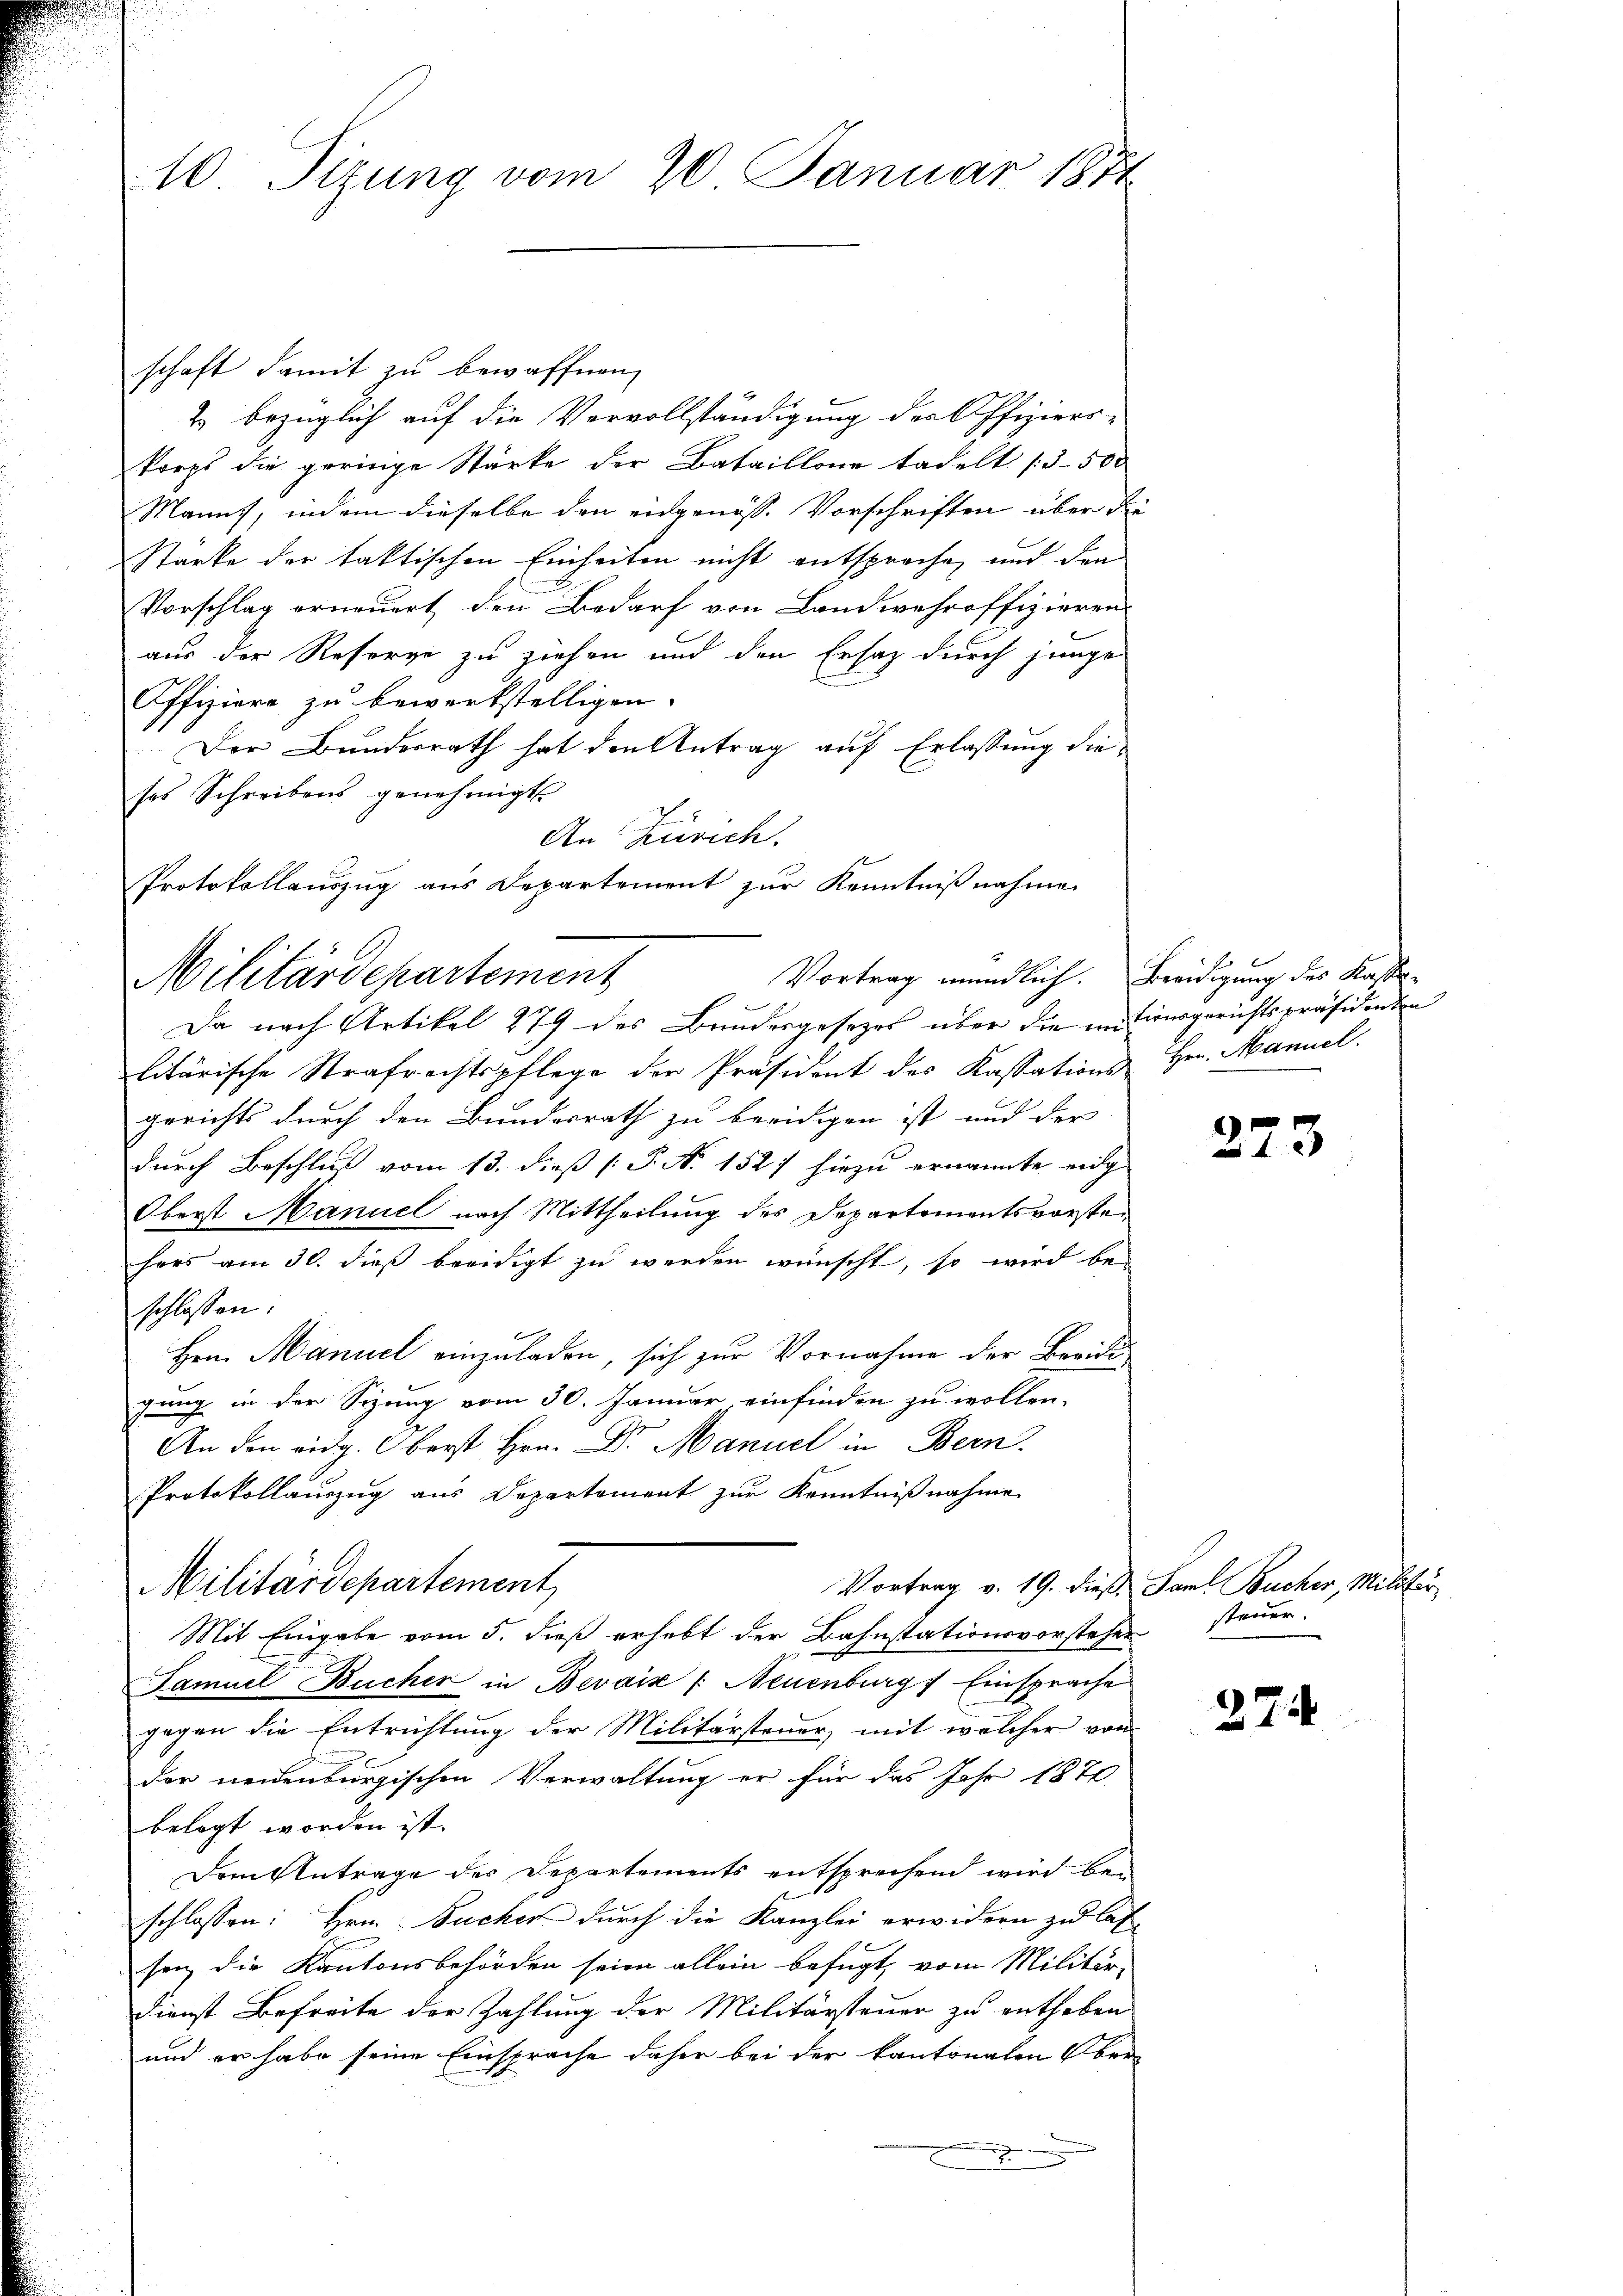
10 Sizung vom 20. Januar 1871

schaft damit zu bewaffnen,
2. bezüglich auf die Vervollständigung des Offiziers-
korps die geringe Stärke der Bataillone tadelt (3- 500
Manns, indem dieselbe den eidgenoss. Vorschriften über die
Starke der faktischen Einheiten nicht entsprache, und den
Vorschlag erneuert den Bedarf von Landwehroffizieren
aus der Resorge zu ziehen und den Ersatz durch junge
Pffiziere zu bewerkstelligen.
Der Bundesrath hat den Antrag auf Erlassung die
ses Schreibens genehmigt.
An Zürich.
litärische Strafrechtspflege der Präsident des Kassations Hrn. Manuel.
gerichts durch den Bundesrath zu beeidigen ist und der
durch Beschluß vom 13. dieß (P. Nr. 152 hiezu ernannte eidg
Oberst Manuel nach Mittheilung des Departementsvorstei
hers am 30. dieß beeidigt zu werden wünscht, so wird be-
schlossen:
Hrn. Manuel einzuladen, sich zur Vornahme der Breidigung in der Sizung vom 30. Januar, einfinden zu wollen.
An den eidg. Oberst Hrn. Dr. Manuel in Bern.
Protokollauszug aus Departement zur Kenntnißnahme
Militärdepartement,
Vortrag v. 19. dieß Faul Bucher, Militär
Mit Eingabe vom 5. dieß erhebt der Bahnstationsvorsteher steuer.
Samuel Bucher in Bevais (Neuenburg) Einsprache
gegen die Entrichtung der Militärsteuer, mit welcher von
der neuenburgischen Verwaltung er für das Jahr 1870
belegt worden ist.
Dem Antrage der Departements entsprechend wird be-
schlossen: Hrn. Bucher durch die Kanzlei erwidern zu las
sen die Kantonsbehörden seien allein befugt, vom Militär-
dienst Befreite der Zahlung der Militärsteuer zu entheben
und er habe seine Einsprache daher bei der kantonalen Ober-

Protokollauszug aus Departement zur Kenntnißnahme
Vortrag mündlich. Beeidigung des Kassen-
Militärdepartement
Da nach Artikel 279 des Bundesgesezes über die intiausgerichtspräsidenten

273

22